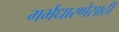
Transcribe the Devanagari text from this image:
गर्भधारणेसाठी